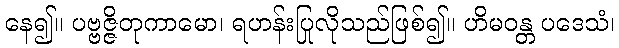
နေ၍။ ပဗ္ဗဇ္ဇိတုကာမော၊ ရဟန်းပြုလိုသည်ဖြစ်၍။ ဟိမဝန္တ ပဒေသံ၊